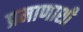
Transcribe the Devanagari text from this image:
प्रमाणाशी